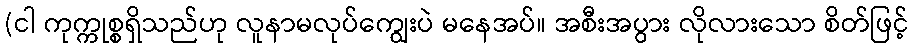
(ငါ ကုက္ကုစ္စရှိသည်ဟု လူနာမလုပ်ကျွေးပဲ မနေအပ်။ အစီးအပွား လိုလားသော စိတ်ဖြင့်